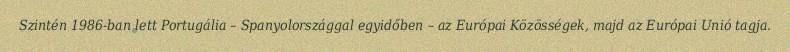
Szintén 1986-ban lett Portugália – Spanyolországgal egyidőben – az Európai Közösségek, majd az Európai Unió tagja.